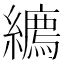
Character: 𦆉